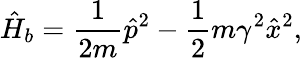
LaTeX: \hat{H}_{b}=\frac{1}{2m}\hat{p}^{2}-\frac{1}{2}m\gamma^{2}\hat{x}^{2},